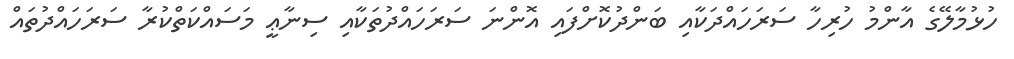
ހުޅުމާލޭގެ އާންމު ހުރިހާ ސަރަހައްދަކާއި ބަންދުކޮށްފައި އޮންނަ ސަރަހައްދުތަކާއި ސިނާޢީ މަސައްކަތްކުރާ ސަރަހައްދުތައް